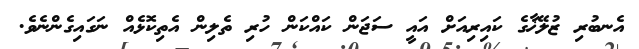
އެނބުރި ޒުލޭޚާގެ ކައިރިއަށް އައީ ސަޖަން ކައްކަން ހުރި ތެލިން އެތިކޮޅެއް ނަގައިގެންނެވެ.